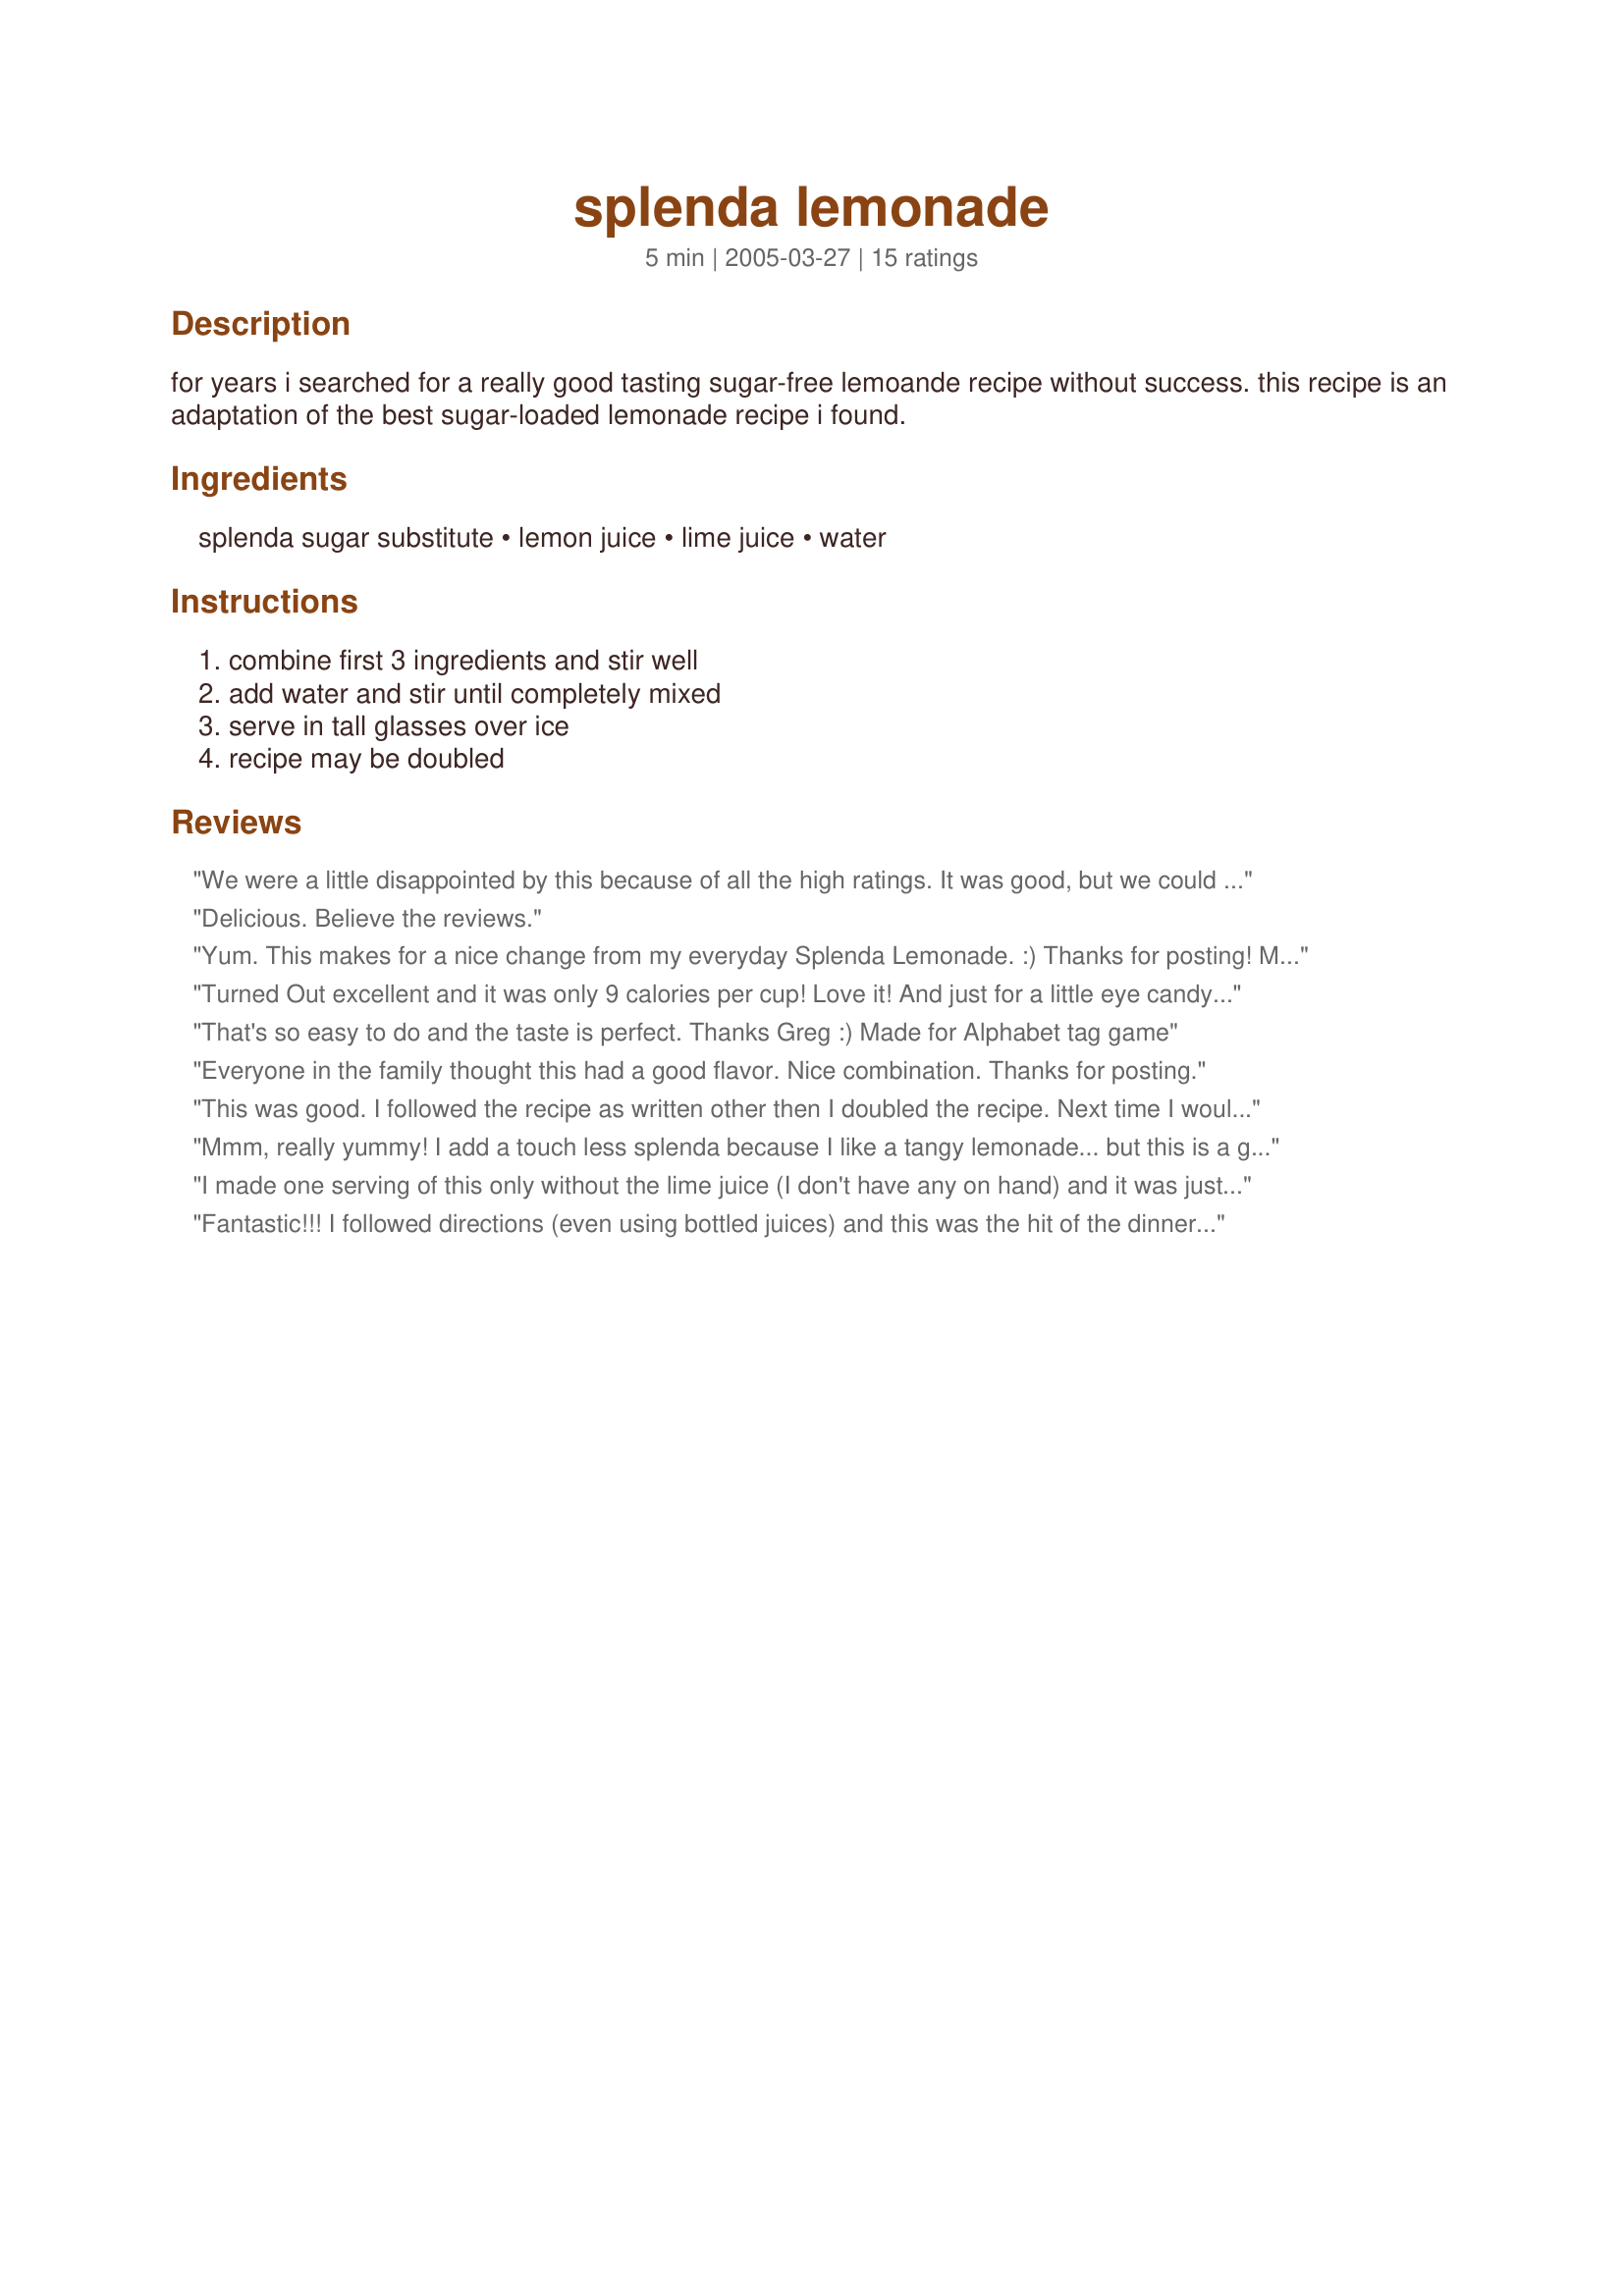
splenda lemonade
Preparation time: 5 minutes

for years i searched for a really good tasting sugar-free lemoande recipe without success. this recipe is an adaptation of the best sugar-loaded lemonade recipe i found.

Ingredients:
splenda sugar substitute, lemon juice, lime juice, water

Steps:
combine first 3 ingredients and stir well, add water and stir until completely mixed, serve in tall glasses over ice, recipe may be doubled

Reviews:
We were a little disappointed by this because of all the high ratings. It was good, but we could tell right away that it was a diet drink. DH says it tasted like Crystal Light. Overall, it wasn't a bad drink, especially if you are watching calories.
Delicious. Believe the reviews.
Yum. This makes for a nice change from my everyday Splenda Lemonade. :) Thanks for posting! Made for I Recommend Tag.
Turned Out excellent and it was only 9 calories per cup! Love it! And just for a little eye candy and flavor, I threw a few lime/ lemon slices in my glass. Thanks for the recipe.
That's so easy to do and the taste is perfect. Thanks Greg :) Made for Alphabet tag game
Everyone in the family thought this had a good flavor. Nice combination. Thanks for posting.
This was good. I followed the recipe as written other then I doubled the recipe. Next time I would use a bit less water. I used bottled lemon and lime juice but next time I will try fresh.
Mmm, really yummy! I add a touch less splenda because I like a tangy lemonade... but this is a great recipe. Love the little touch of lime.
I made one serving of this only without the lime juice (I don't have any on hand) and it was just the refreshing drink I needed! Thanks!
Fantastic!!! I followed directions (even using bottled juices) and this was the hit of the dinner! This will constantly be in our fridge this summer. It is perfect lemonade. DH said it reminded him of the lemonades you get at fairs. My only advice is to DOUBLE the recipe...you'll be glad you did!
This was WONDERFUL! I used only a little more than 1 liter of water -This gave it more tang and zest - and I left out the 1/4 cup lime juice. Used real California lemons, brought in about a week ago. Incredibly good-tasting, low-cal lemonade - plenty Vitamin C - and no sugar!
I think this is pretty doggone good. Frozen sugar free lemonade just isn't right. You can tell it is a diet product as soon as you taste it. Not this one. This recipe is going to get a good workout this summer, that is if summer actually arrives.
I substituted some Diet Sierra Mist for part of the water (add just before serving) and served over thin slices of Lemons and Limes. Pretty as well as deliciously refreshing.
sounds great! can't wait to try it.
This is GREAT!!! I love Arnold Palmer's (1/2 lemonade, 1/2 tea) and now I can have them guilt free! Thanks for this wonderful recipe
